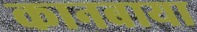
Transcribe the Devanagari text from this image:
कानबाया